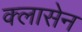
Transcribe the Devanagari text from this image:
क्लासेन